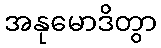
အနုမောဒိတွာ